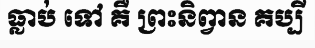
ធ្លាប់ ទៅ គឺ ព្រះនិព្វាន គប្បី